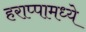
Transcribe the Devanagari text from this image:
हराप्पामध्ये